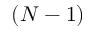
( N - 1 )